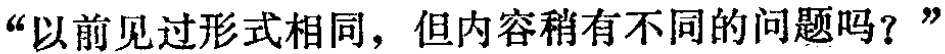
“以前见过形式相同，但内容稍有不同的问题吗？”